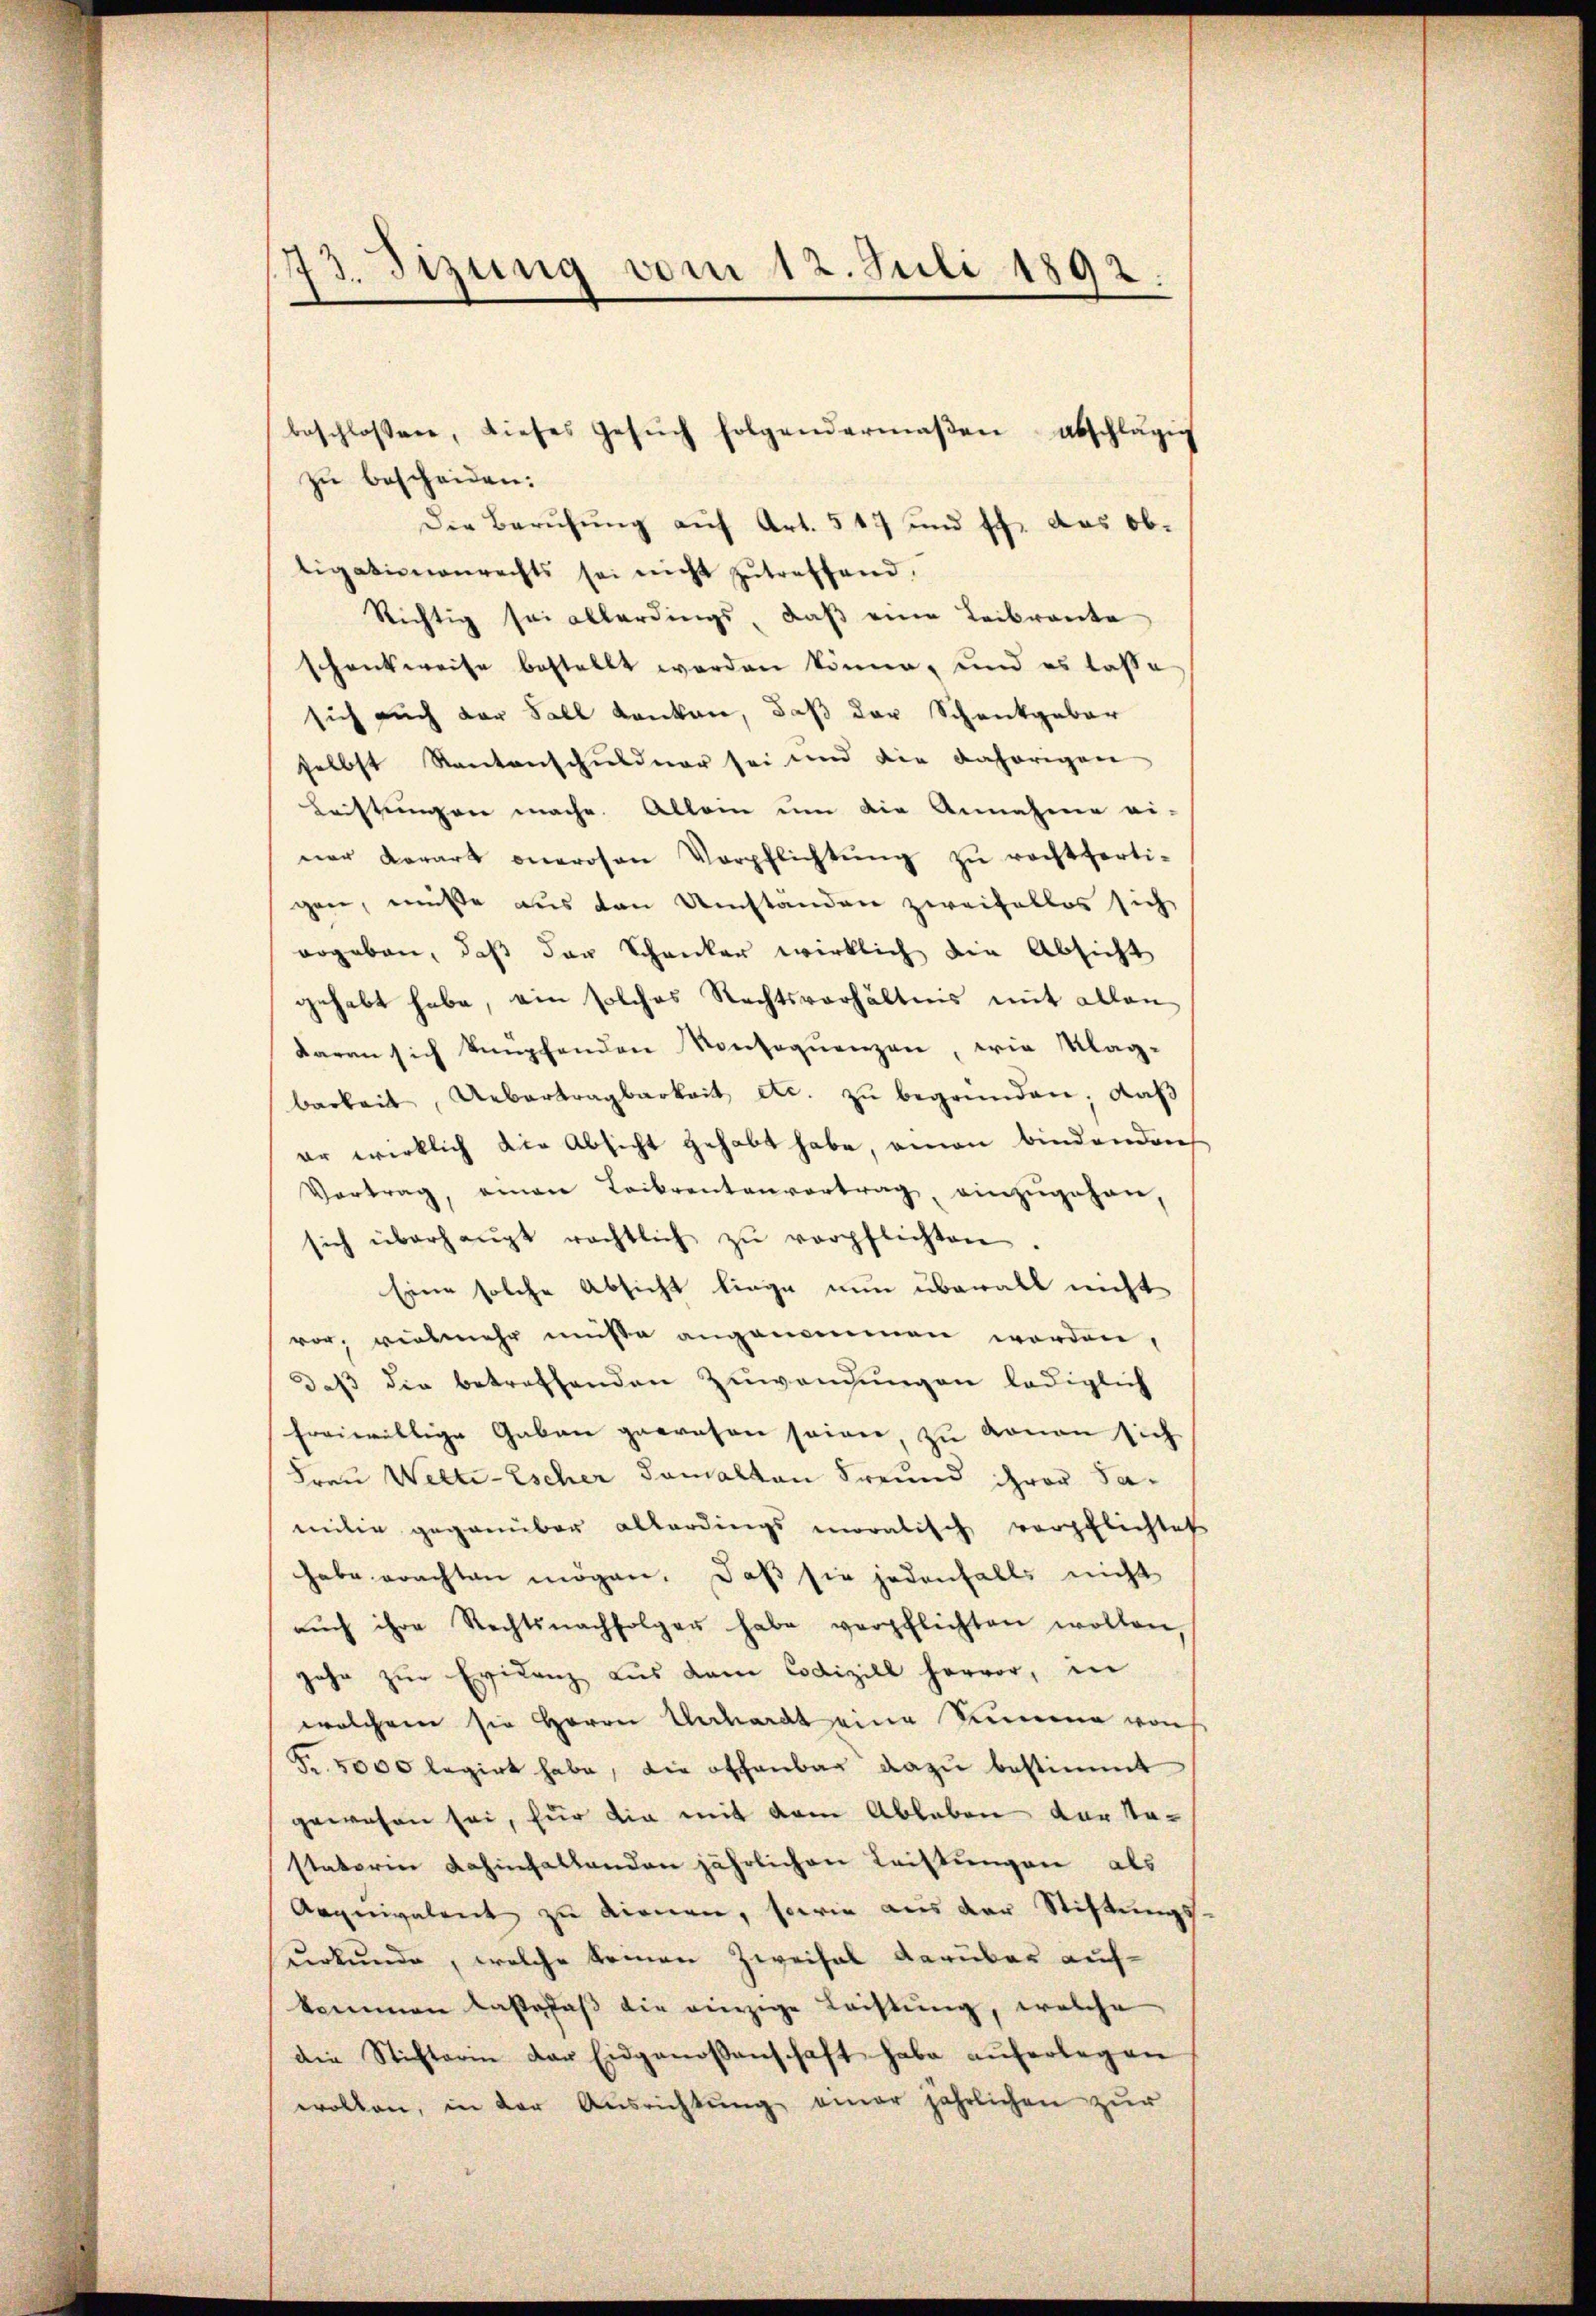
173. Sizung vom 12. Juli 1892.

zu bescheiden:
Die Berufung auf Art. 547 und sch. das Obligationenrechts sei nicht zutreffend,
Richtig sei allerdings, daß eine Leibrante
schenkweise bestellt worden könne, und es lasse
sich auch der Fall danken, daß der Schenkgebär
selbst Kantonschuldner sei und die dahörigen
Leistungen mache. Allein um die Annahme ei-
ner Karart onerosen Verpflichtŭng zŭ rechtferti-
gene, müße aus den Umständen zweifellos sich
ergeben, daβ das Schanker wirklich die Absicht
gehabt habe, ein solches Rechtsverhältnis mit allen
daran sich empfenden Konsequenzen, wie Klag-
barkeit, Uebertragbarkeit etc. zŭ begründen; daß
er wirklich die Absicht gehabt habe, einen bindenden
Vertrag, einen Leibrentenvortrag, einzŭgehen,
sich überhaŭpt rechtlich zŭ verpflichten.
Eine solche Absicht liege nun überall nicht
vor, vielmehr müsse angenommen worden,
daß die betreffenden Zuwendungen lediglich
freiwillige Gaben gewesen seiner zu donan sich
Frau Welti-Escher damalten Freund ihrer Samilie gegenüber allerdings moralisch verpflichtet
habe erachten mögen. Daß sie jedenfalls nicht
aŭch ihre Rechtsnachfolger habe verpflichten wollen
jahr zur Evidenz aus dem Codizill hervor, in
welchem sie Herrn Unhardt eine Summe von
Fr. 5000 legirt habe, die offenbar dazu bestimmt
gewesen sei, für die mit dem Ableben der Tastatorie dahinfallenden jährlichen Leistungen als
Aequivalent zu dienen, sowie aus der Stiftungs
urkunde, welche komen Zweifel darüber aufkommen lasse daß die einzige Leistung, welche
die Stifterin der Eidgenossenschaft habe aŭferlegen
wollen, in der Ausrichtŭng einer jährlichen zur

beschlossen, dieses Gesŭch folgendermaβen abschla-